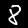
Digit: 8